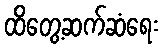
ထိတွေ့ဆက်ဆံရေး